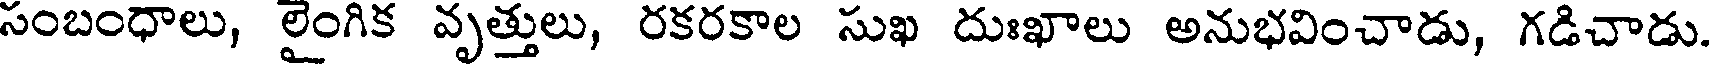
సంబంధాలు, లైంగిక వృత్తులు, రకరకాల సుఖ దుఃఖాలు అనుభవించాడు, గడిచాడు.